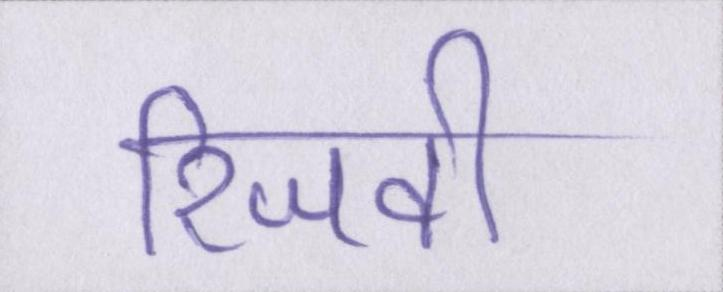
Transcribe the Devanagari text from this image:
रिजवी